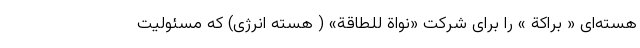
هسته‌ای « براکة » را برای شرکت «نواة للطاقة» ( هسته انرژی) که مسئولیت